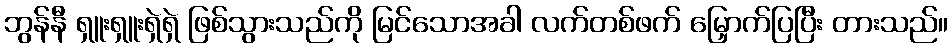
ဘွန်နီ ရှူးရှူးရှဲရှဲ ဖြစ်သွားသည်ကို မြင်သောအခါ လက်တစ်ဖက် မြှောက်ပြပြီး တားသည်။